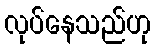
လုပ်နေသည်ဟု